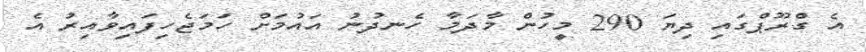
އެ ގްރޫޕްގައި ދިޔަ 290 މީހުން މާދަމާ ހެނދުނު އައުމަށް ހަމަޖެހިފައިވާއިރު އެ